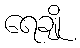
ရေချို